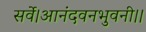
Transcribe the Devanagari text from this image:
सर्वे।आनंदवनभुवनी।।